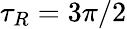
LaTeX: \tau_{R}=3\pi/2